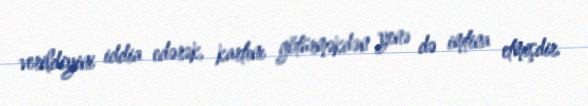
verildiyini iddia edərək, kartını götürməkdən yenə də imtina etmişdir.